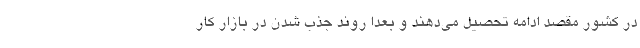
در کشور مقصد ادامه تحصیل می‌دهند و بعداً روند جذب شدن در بازار کار